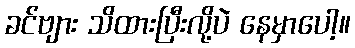
ခင်ဗျား သိထားပြီးလို့ပဲ နေမှာပေါ့။